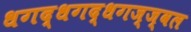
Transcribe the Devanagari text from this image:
धगद्धगद्धगज्ज्वल